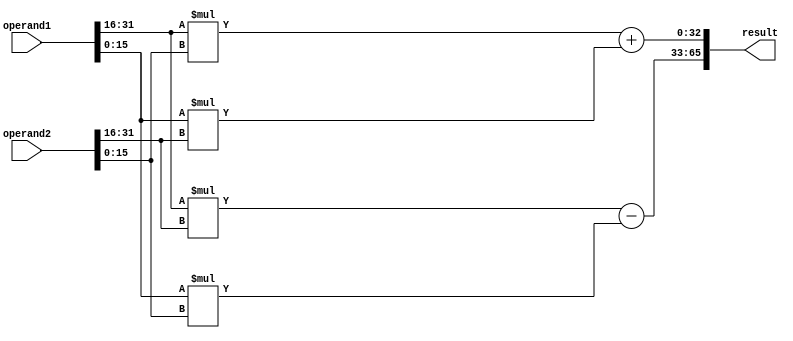
module GENVAR_PRAC
#( parameter WIDTH = 32, parameter N_LEVEL = 3)
(
input [WIDTH-1:0] operand1, operand2,
output [2*WIDTH+1:0] result
);

localparam HALF_W = WIDTH/2;


wire signed [WIDTH:0] r_part, im_part;

genvar level_idx, node_idx;
generate 
    // divide
         for(level_idx = 1 ; level_idx <= N_LEVEL  ; level_idx= level_idx+1)begin:gen_level
             if(level_idx == 1 )begin:if_lv_1
                    //TA's Note:  instance could be instantiated in condition,
                    //however to access this specific instance , you must give
                    //this condition a certain hierarchy name
                    wire signed [HALF_W-1:0] op1[0:1];
                    assign op1[0] = operand1[WIDTH-1:HALF_W];
                    assign op1[1] = operand1[HALF_W-1:0];

                    wire signed [HALF_W-1:0] op2[0:1];
                    assign op2[0] = operand2[WIDTH-1:HALF_W];
                    assign op2[1] = operand2[HALF_W-1:0];
             end
             //TA's Note:  This for loop just demonstrate that loop condition could use "2**level_idx" to represent power of 2
             if(level_idx == 2 )begin:if_lv_2
                for(node_idx = 0 ; node_idx < 2**level_idx ; node_idx = node_idx + 1)begin:gen_node
                // TA's Note: Bit-Width could be flexible by parameter settings
                //            There are 2**level_idx mult_result instance in this loop
                       wire signed [2*HALF_W-1:0] mult_result;
                       assign mult_result = ( gen_level[level_idx-1].if_lv_1.op1[node_idx/2] *  gen_level[level_idx-1].if_lv_1.op2[node_idx%2]);
                end
             end
             if(level_idx ==N_LEVEL )begin:if_last_lv
                // to access previous for gen_level iteration instance, 
                // gen_level[idx].if_lv_1.instance_name 
		assign r_part = (gen_level[level_idx-1].if_lv_2.gen_node[0].mult_result) - (gen_level[level_idx-1].if_lv_2.gen_node[3].mult_result);
		assign im_part = (gen_level[level_idx-1].if_lv_2.gen_node[1].mult_result) + (gen_level[level_idx-1].if_lv_2.gen_node[2].mult_result);
             end            
         end

endgenerate
assign  result  = {r_part,im_part};

endmodule